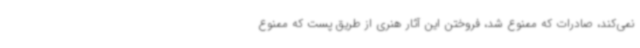
نمی‌کند، صادرات که ممنوع شد، فروختن این آثار هنری از طریق پست که ممنوع